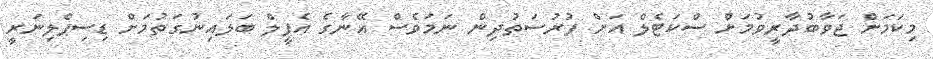
މިކަމަށް ޖަވާބުދާރީވުމަށް ސްކަޓެލް އަށް ފުރުސަތުދިން ނަމަވެސް އޭނާގެ އެޕީލް ބަލައިނުގަތުމަށް ޑިސިޕްލިނަރީ